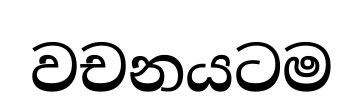
වචනයටම